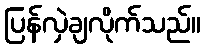
ပြန်လှဲချလိုက်သည်။